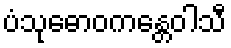
ပံသုဓောဝကန္တေဝါသီ